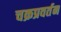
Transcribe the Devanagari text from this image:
चक्रप्रवर्तन